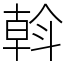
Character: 斡